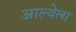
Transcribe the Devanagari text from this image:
आल्येला